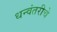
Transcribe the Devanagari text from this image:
धन्वंतरीचे